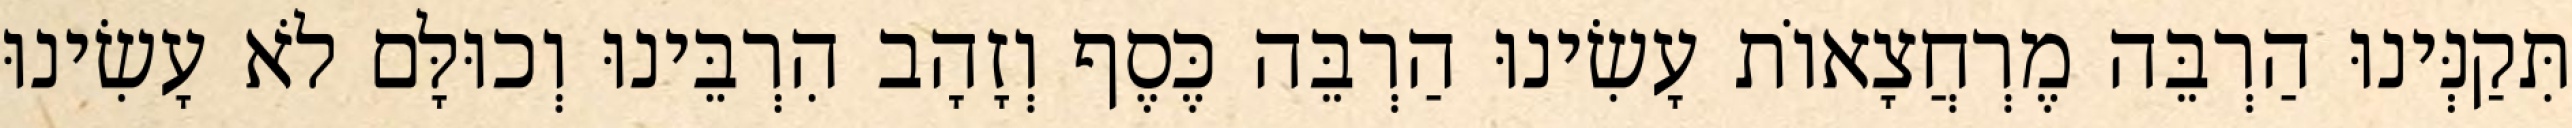
תִּקַנְּינוּ הַרְבֵּה מֶרְחֲצָאוֹת עָשִׂינוּ הַרְבֵּה כֶּסֶף וְזָהָב הִרְבֵּינוּ וְכוּלָּם לֹא עָשִׂינוּ